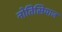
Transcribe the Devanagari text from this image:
नोतिसियाज